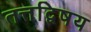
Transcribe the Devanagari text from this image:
तत्तद्विषय